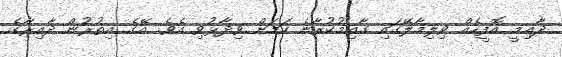
ދާއިމީ އޮފީހެއް ވިލިމާލޭގައި ގާއިމުކުރާނެ ކަމަށް ވިދާޅުވި އެވެ. އޭގެ އިތުރުން ދާއިރާގެ